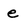
Character: e